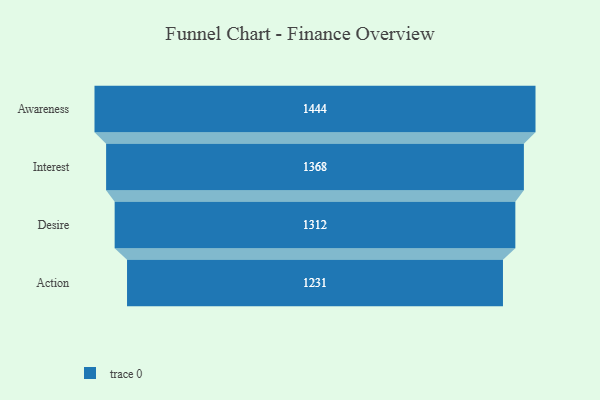
{"axis": {"x": "Stage", "y": "Value"}, "legend": [""], "data": [{"x": "Awareness", "y": 1444.0, "type": ""}, {"x": "Interest", "y": 1368.0, "type": ""}, {"x": "Desire", "y": 1312.0, "type": ""}, {"x": "Action", "y": 1231.0, "type": ""}]}